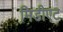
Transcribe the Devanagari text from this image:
मिडीएट